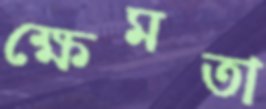
ক্ষেমতা